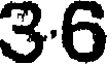
3.6